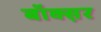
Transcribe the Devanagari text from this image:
बॉक्स़र